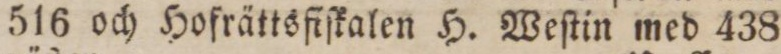
516 och Hofrättsfiſkalen H. Weſtin med 438